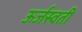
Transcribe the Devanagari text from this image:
ऊर्जस्वती